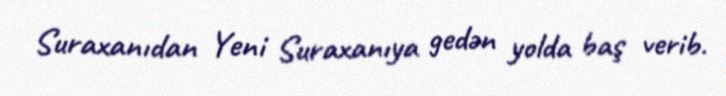
Suraxanıdan Yeni Suraxanıya gedən yolda baş verib.